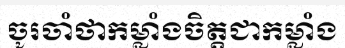
ចូរចាំថាកម្លាំងចិត្តជាកម្លាំង